Leningradi_Edasi_toimetus, lk 46
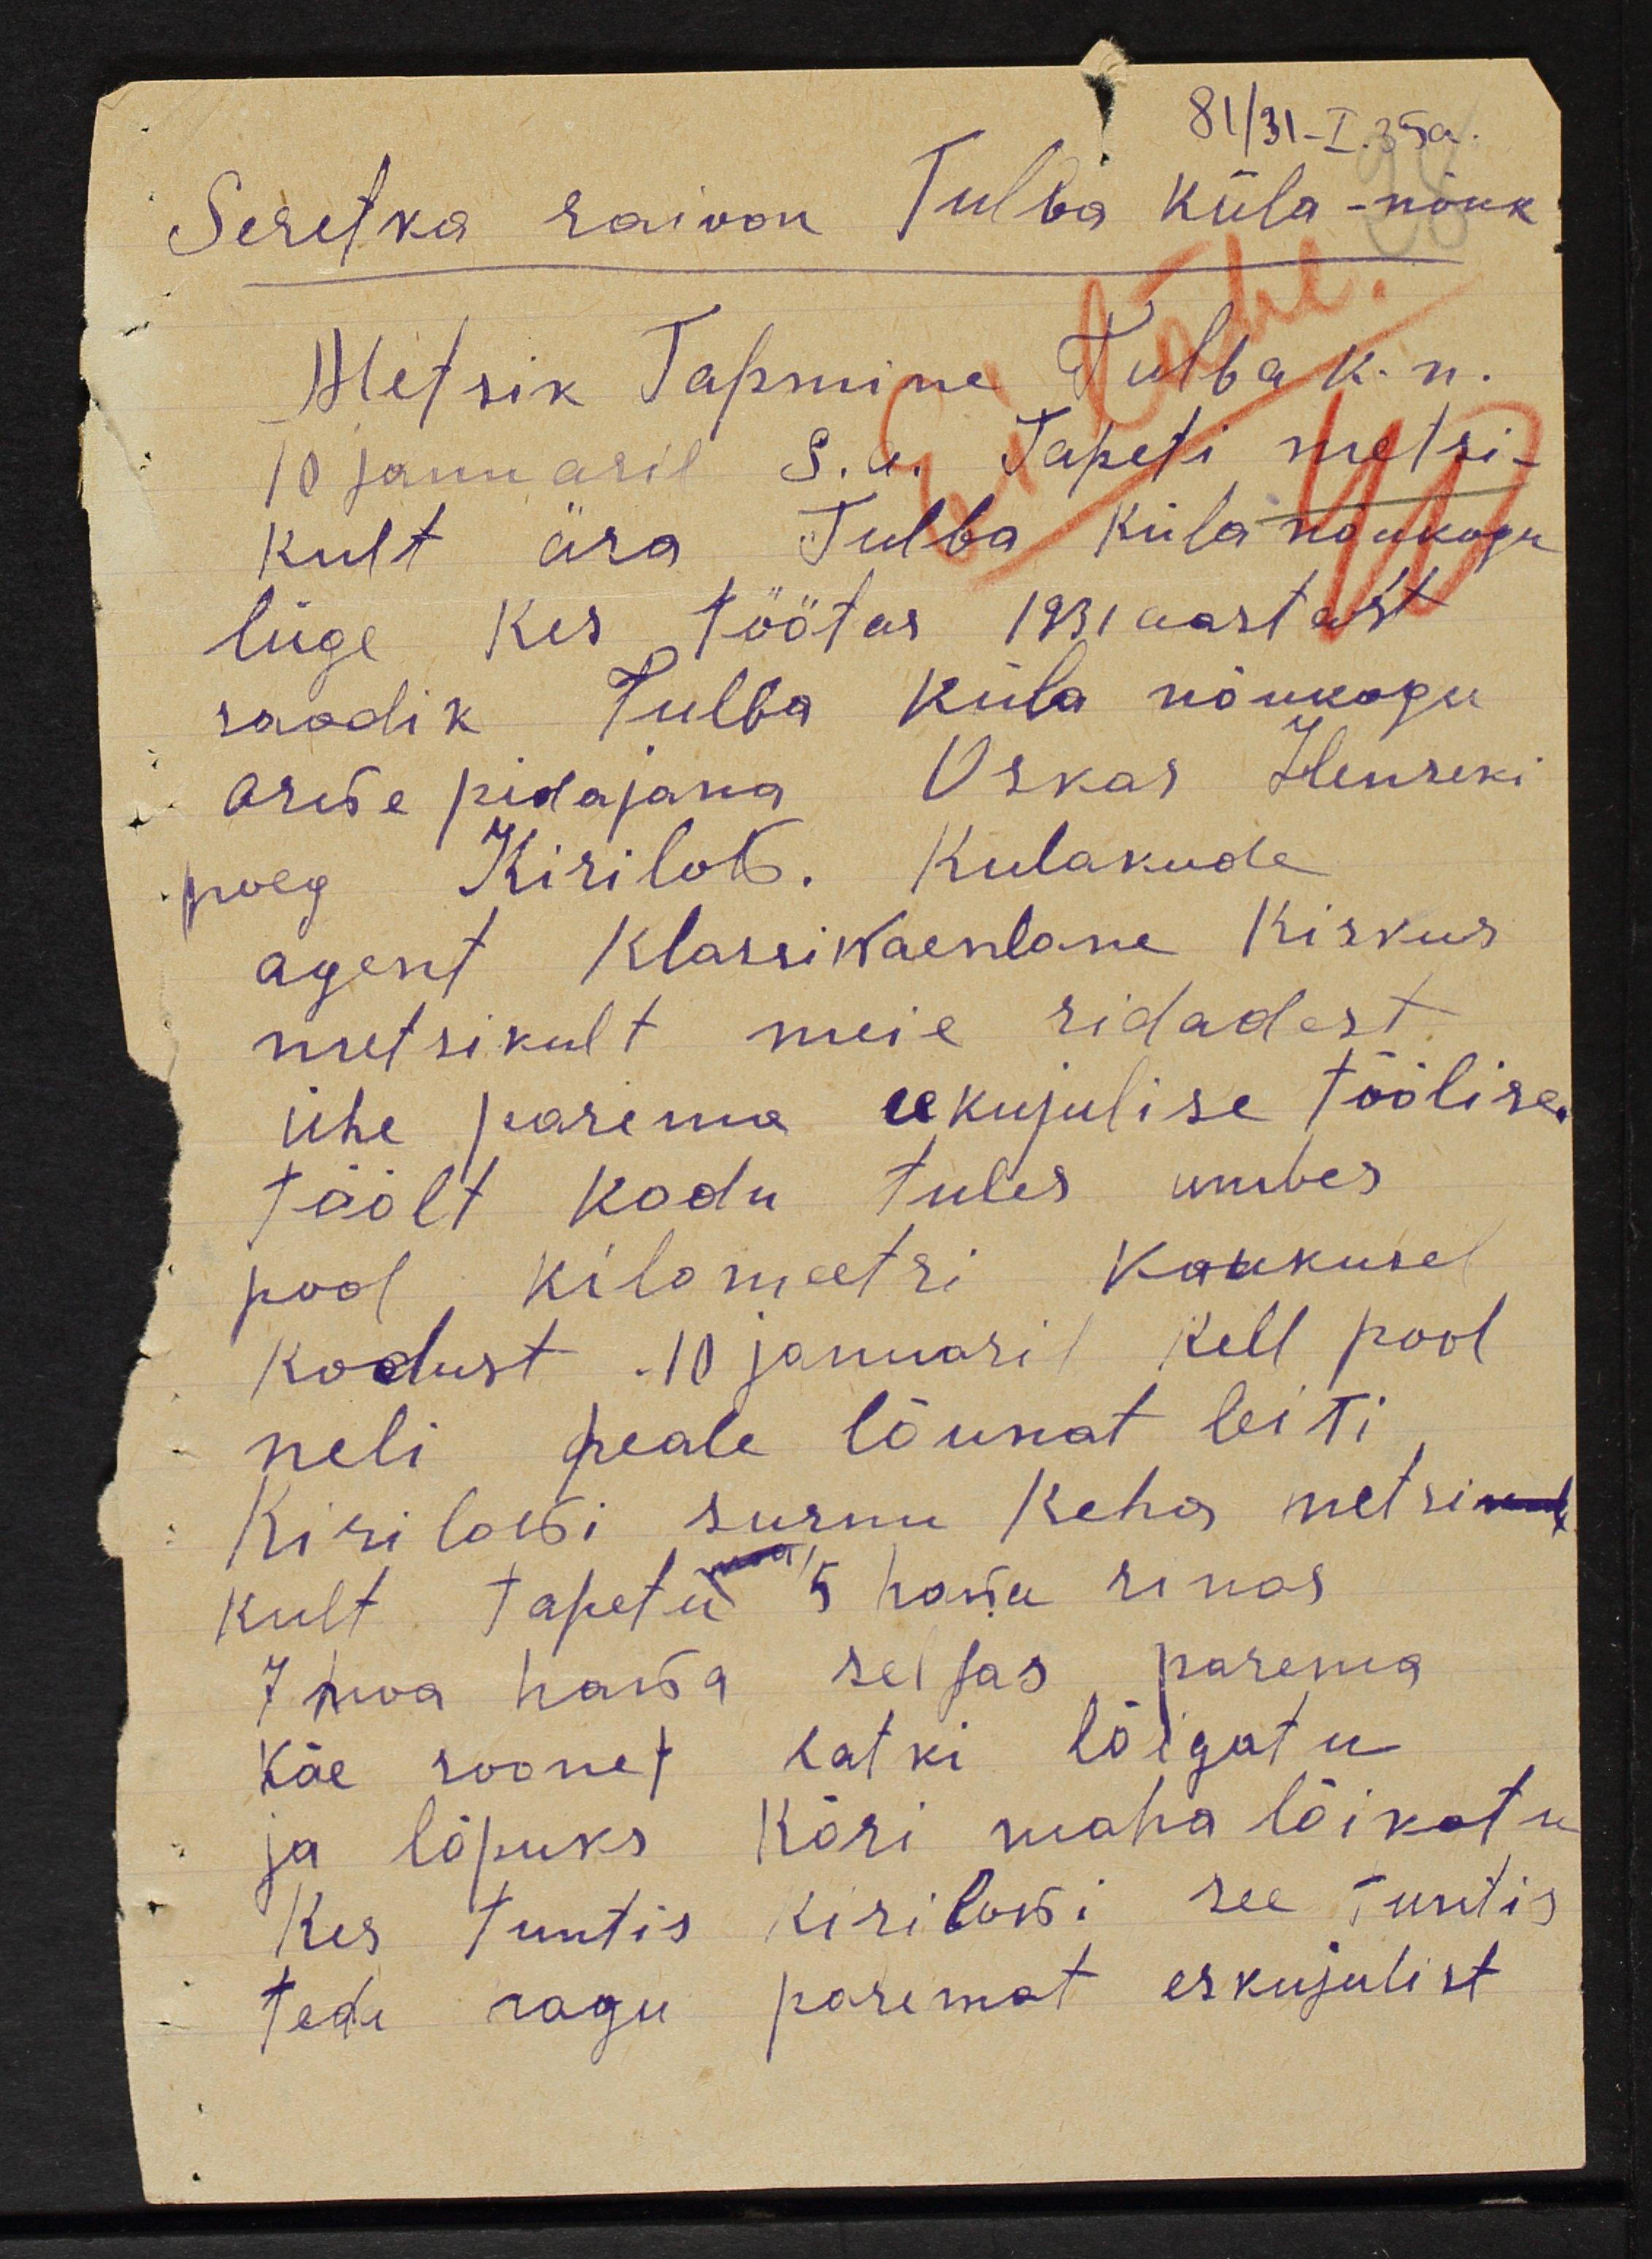
81 / 31-I.35a.
Seretka raioon Tulba küla-nõuk
Metsik Tapmine Tulba k.n.
10 januaril s.a. Taperi metsi-
kult ära Tulba küla nõukogu
liige kes töötas 1931 aastast
saadik tulba küla nõukogu
arwe pidajana Oskar Henreki
poeg Kirilow. Kulakude
agent klassiwaenlane kiskus
metsikult meie ridadest
ühe parema eekujulise töölise
töölt kodu tules umbes
pool kilomeetri kaukusel
kodust 10 januaril kell pool
neli peale lõunat leiti.
Kirilowi surnu keha metsi
kult tapetu 5 hawa rinnas
7 noa hawa seljas parema
käe soonet katki lõigatu
ja lõpuks kõri maha lõikatu
Kes tuntis Kirilowi see tuntis
teda nagu paremat eskujulist